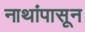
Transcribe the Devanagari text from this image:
नाथांपासून